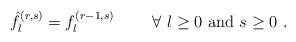
LaTeX: \begin{align*}\hat f_l^{(r,s)}=f_l^{(r-1,s)}\qquad\ \forall\ l\ge 0\ {\rm and}\ s\ge 0\ .\end{align*}